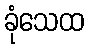
ခုံသေထ